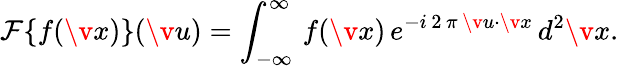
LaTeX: {{\mathcal{F}\{ f(\v x)\} }}(\v u)=\int_{-\infty}^{\infty}\, f(\v x)\, e^{-i\, 2\, \pi\, \v u\cdot\v x}\, d^{2}\v x.